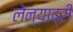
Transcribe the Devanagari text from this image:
लेन्याद्री